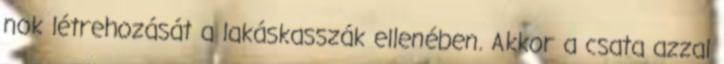
nok létrehozását a lakáskasszák ellenében. Akkor a csata azzal